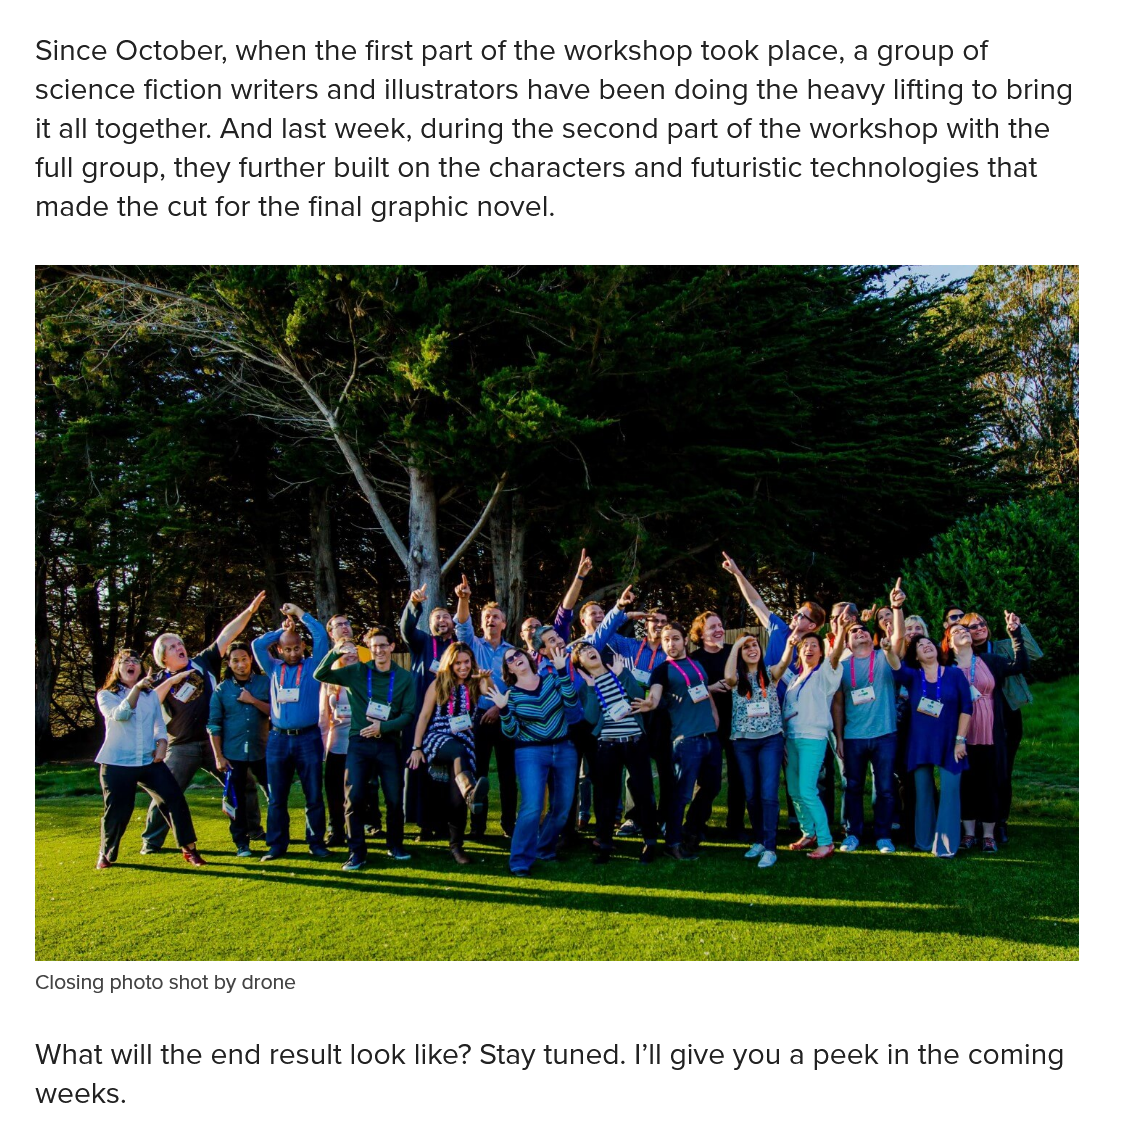
Closing photo shot by drone
   What will the end result look like? Stay tuned. I'll give you a peek in the coming
   weeks.
   Since October, when the first part of the workshop took place, a group of
   science fiction writers and illustrators have been doing the heavy lifting to bring
   it all together. And last week, during the second part of the workshop with the
   full group, they further built on the characters and futuristic technologies that
   made the cut for the final graphic novel.